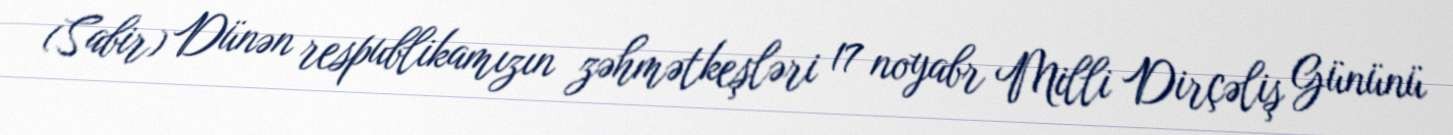
(Sabir) Dünən respublikamızın zəhmətkeşləri 17 noyabr Milli Dirçəliş Gününü